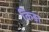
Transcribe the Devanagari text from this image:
किड़ा